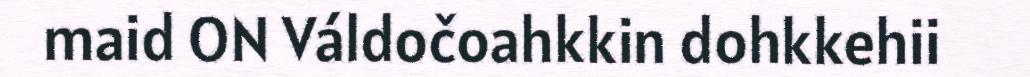
maid ON Váldočoahkkin dohkkehii